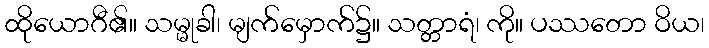
ထိုယောဂီ၏။ သမ္မုခါ၊ မျက်မှောက်၌။ သတ္တာရံ၊ ကို။ ပဿတော ဝိယ၊